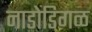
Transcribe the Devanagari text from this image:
नाडोडिगळ